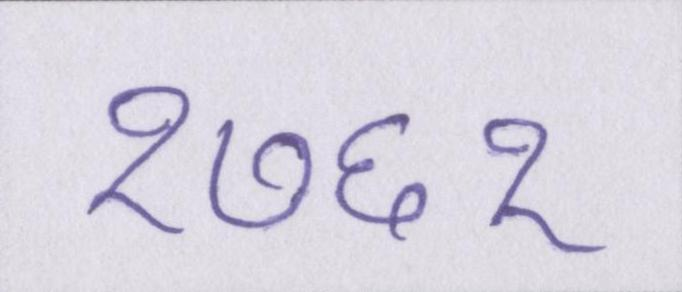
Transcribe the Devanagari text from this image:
१७६१